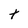
Character: t